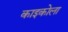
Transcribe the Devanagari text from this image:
काइकोला